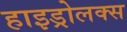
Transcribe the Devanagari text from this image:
हाइड्रोलक्स